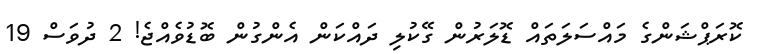
ކޮރަޕްޝަންގެ މައްސަލަތައް ޑޮލަރުން ގޭކުލި ދައްކަން އެންގުން ބޮޑުވެއްޖެ! 2 ދުވަސް 19